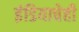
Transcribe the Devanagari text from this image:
इंडियाचेही